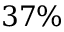
3 7 \%